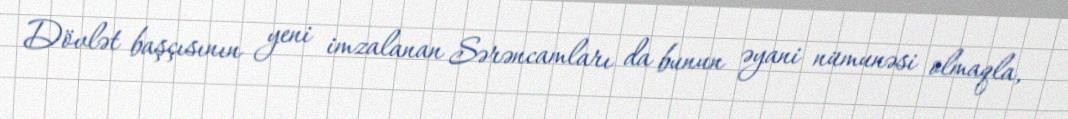
Dövlət başçısının yeni imzalanan Sərəncamları da bunun əyani nümunəsi olmaqla,